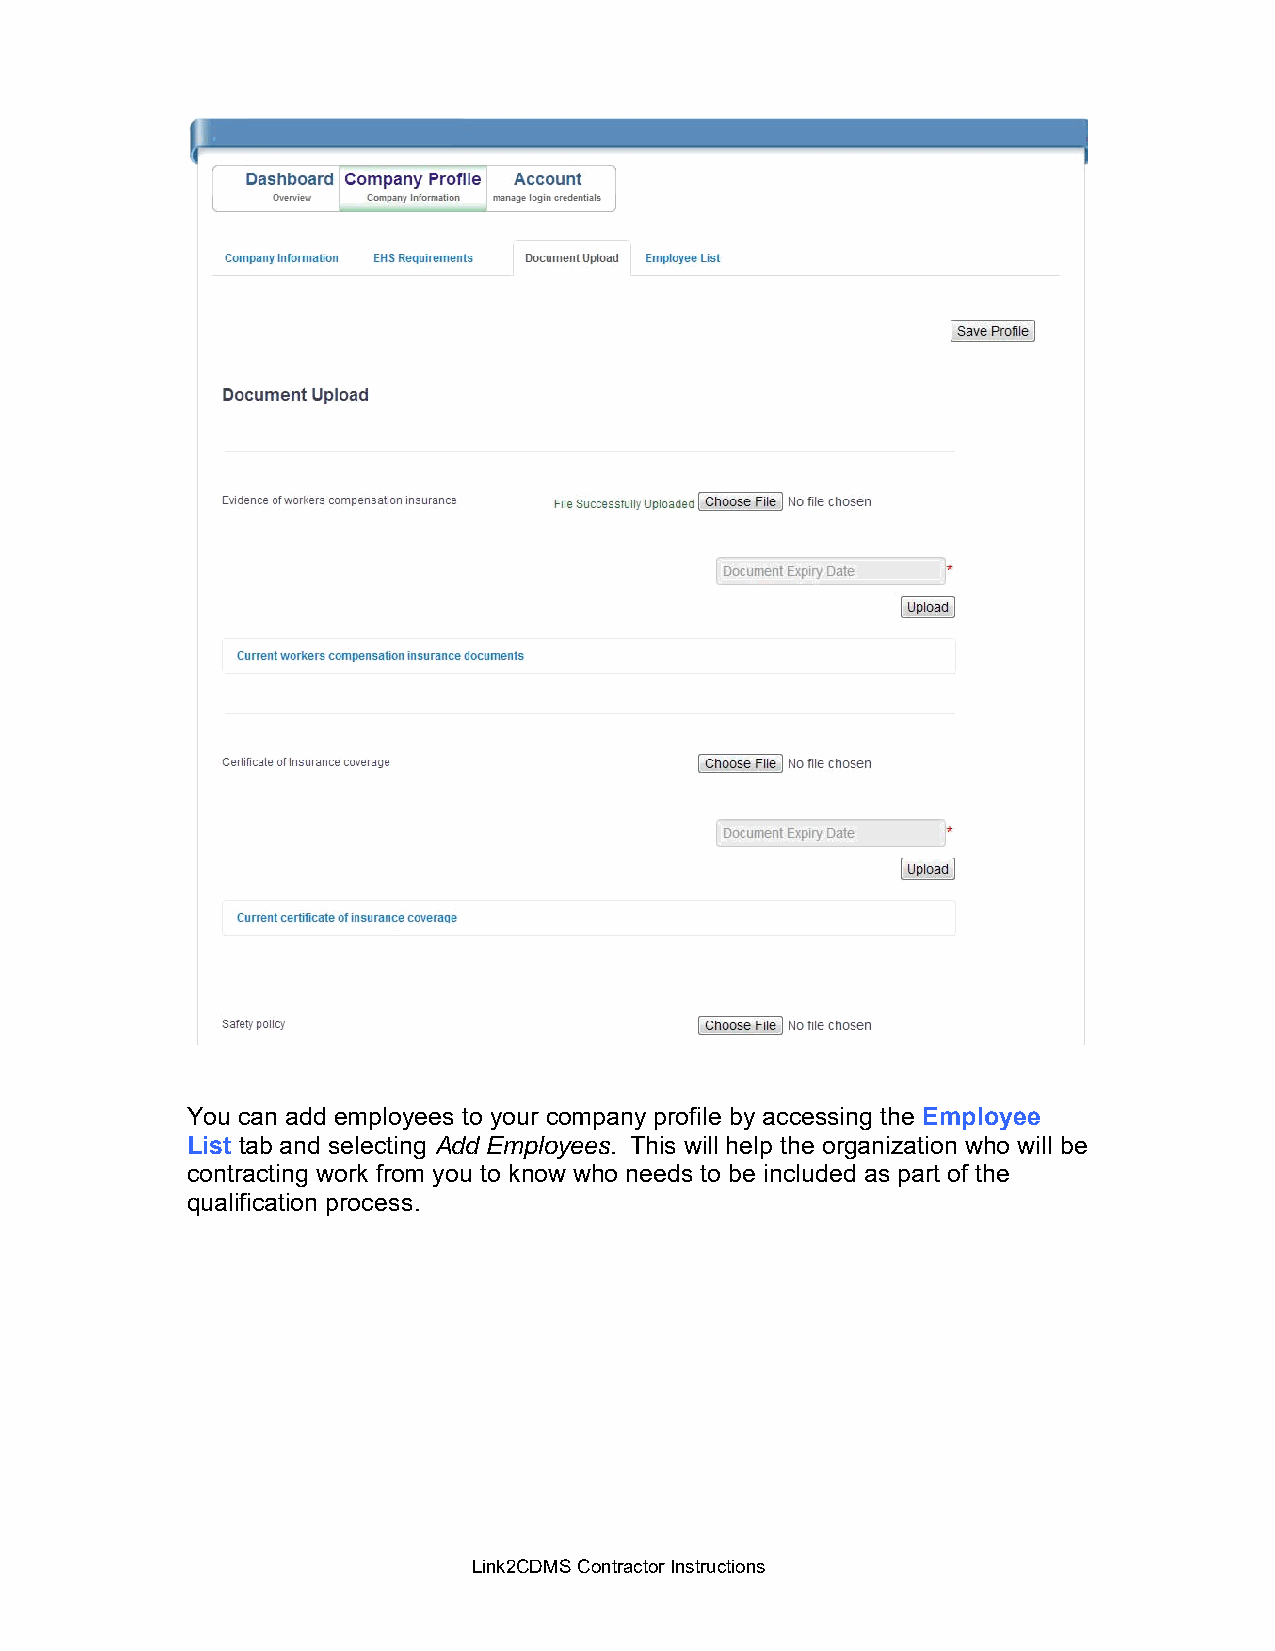
You can add employees to your company profile by accessing the Employee
 List tab and selecting Add Employees. This will help the organization who will be
 contracting work from you to know who needs to be included as part of the
 qualification process.
 Link2CDMS Contractor Instructions